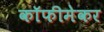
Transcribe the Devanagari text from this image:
कॉफीमेकर